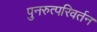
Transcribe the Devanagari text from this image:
पुनरुत्परिवर्तन